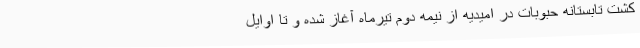
کشت تابستانه حبوبات در امیدیه از نیمه دوم تیرماه آغاز شده و تا اوایل